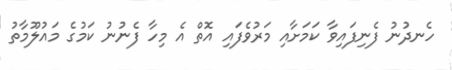
ހެނދުނު ފެނިފައިވާ ކަމަށާއި މަރުވެފައި އޮތް އެ މިހާ ފެނުނު ކަމުގެ މައުލޫމާތު